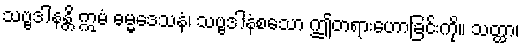
သဗ္ဗဒါနန္တိ ဣမံ ဓမ္မဒေသနံ၊ သဗ္ဗဒါနံစသော ဤတရားဟောခြင်းကို။ သတ္ထာ၊